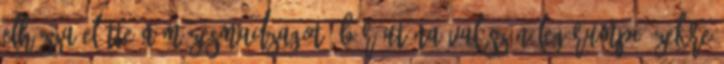
elhúzza előtte a mézesmadzagot, bár utána valószínűleg Rumpi ízekre